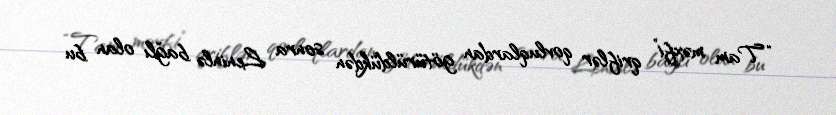
“Tam məxfi” qriflər qovluqlardan götürüldükdən sonra Leninlə bağlı olan bu